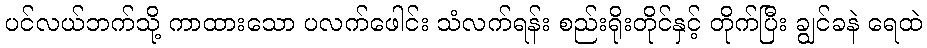
ပင်လယ်ဘက်သို့ ကာထားသော ပလက်ဖေါင်း သံလက်ရန်း စည်းရိုးတိုင်နှင့် တိုက်ပြီး ချွင်ခနဲ ရေထဲ